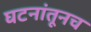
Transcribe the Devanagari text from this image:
घटनांतूनच